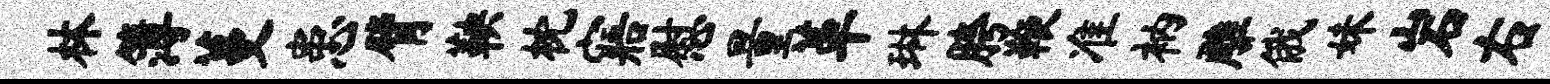
林簿蔓患臂鞅枕寤慰量革琳胯鞭准衲雕俄妹岩右